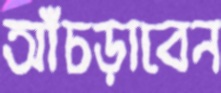
আঁচড়াবেন